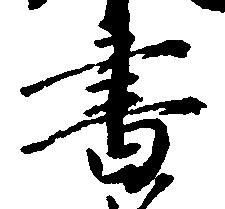
書